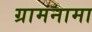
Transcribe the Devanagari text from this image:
ग्रामनामा